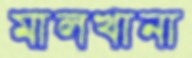
মালখানা